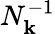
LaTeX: N_{\mathbf{k}}^{-1}